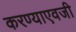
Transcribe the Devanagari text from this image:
करण्याएवजी